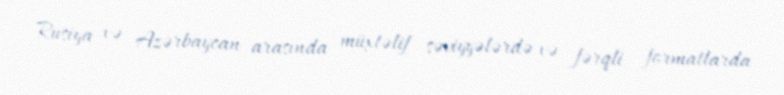
Rusiya və Azərbaycan arasında müxtəlif səviyyələrdə və fərqli formatlarda